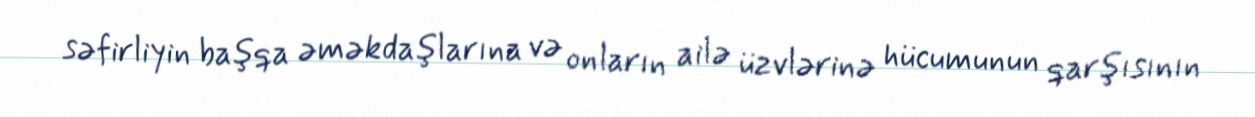
səfirliyin başqa əməkdaşlarına və onların ailə üzvlərinə hücumunun qarşısının